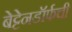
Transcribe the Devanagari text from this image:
बेट्टेनडॉर्फची